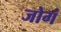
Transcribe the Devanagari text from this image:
जोगं